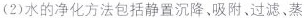
(2)水的净化方法包括静置沉降、吸附、过滤、蒸